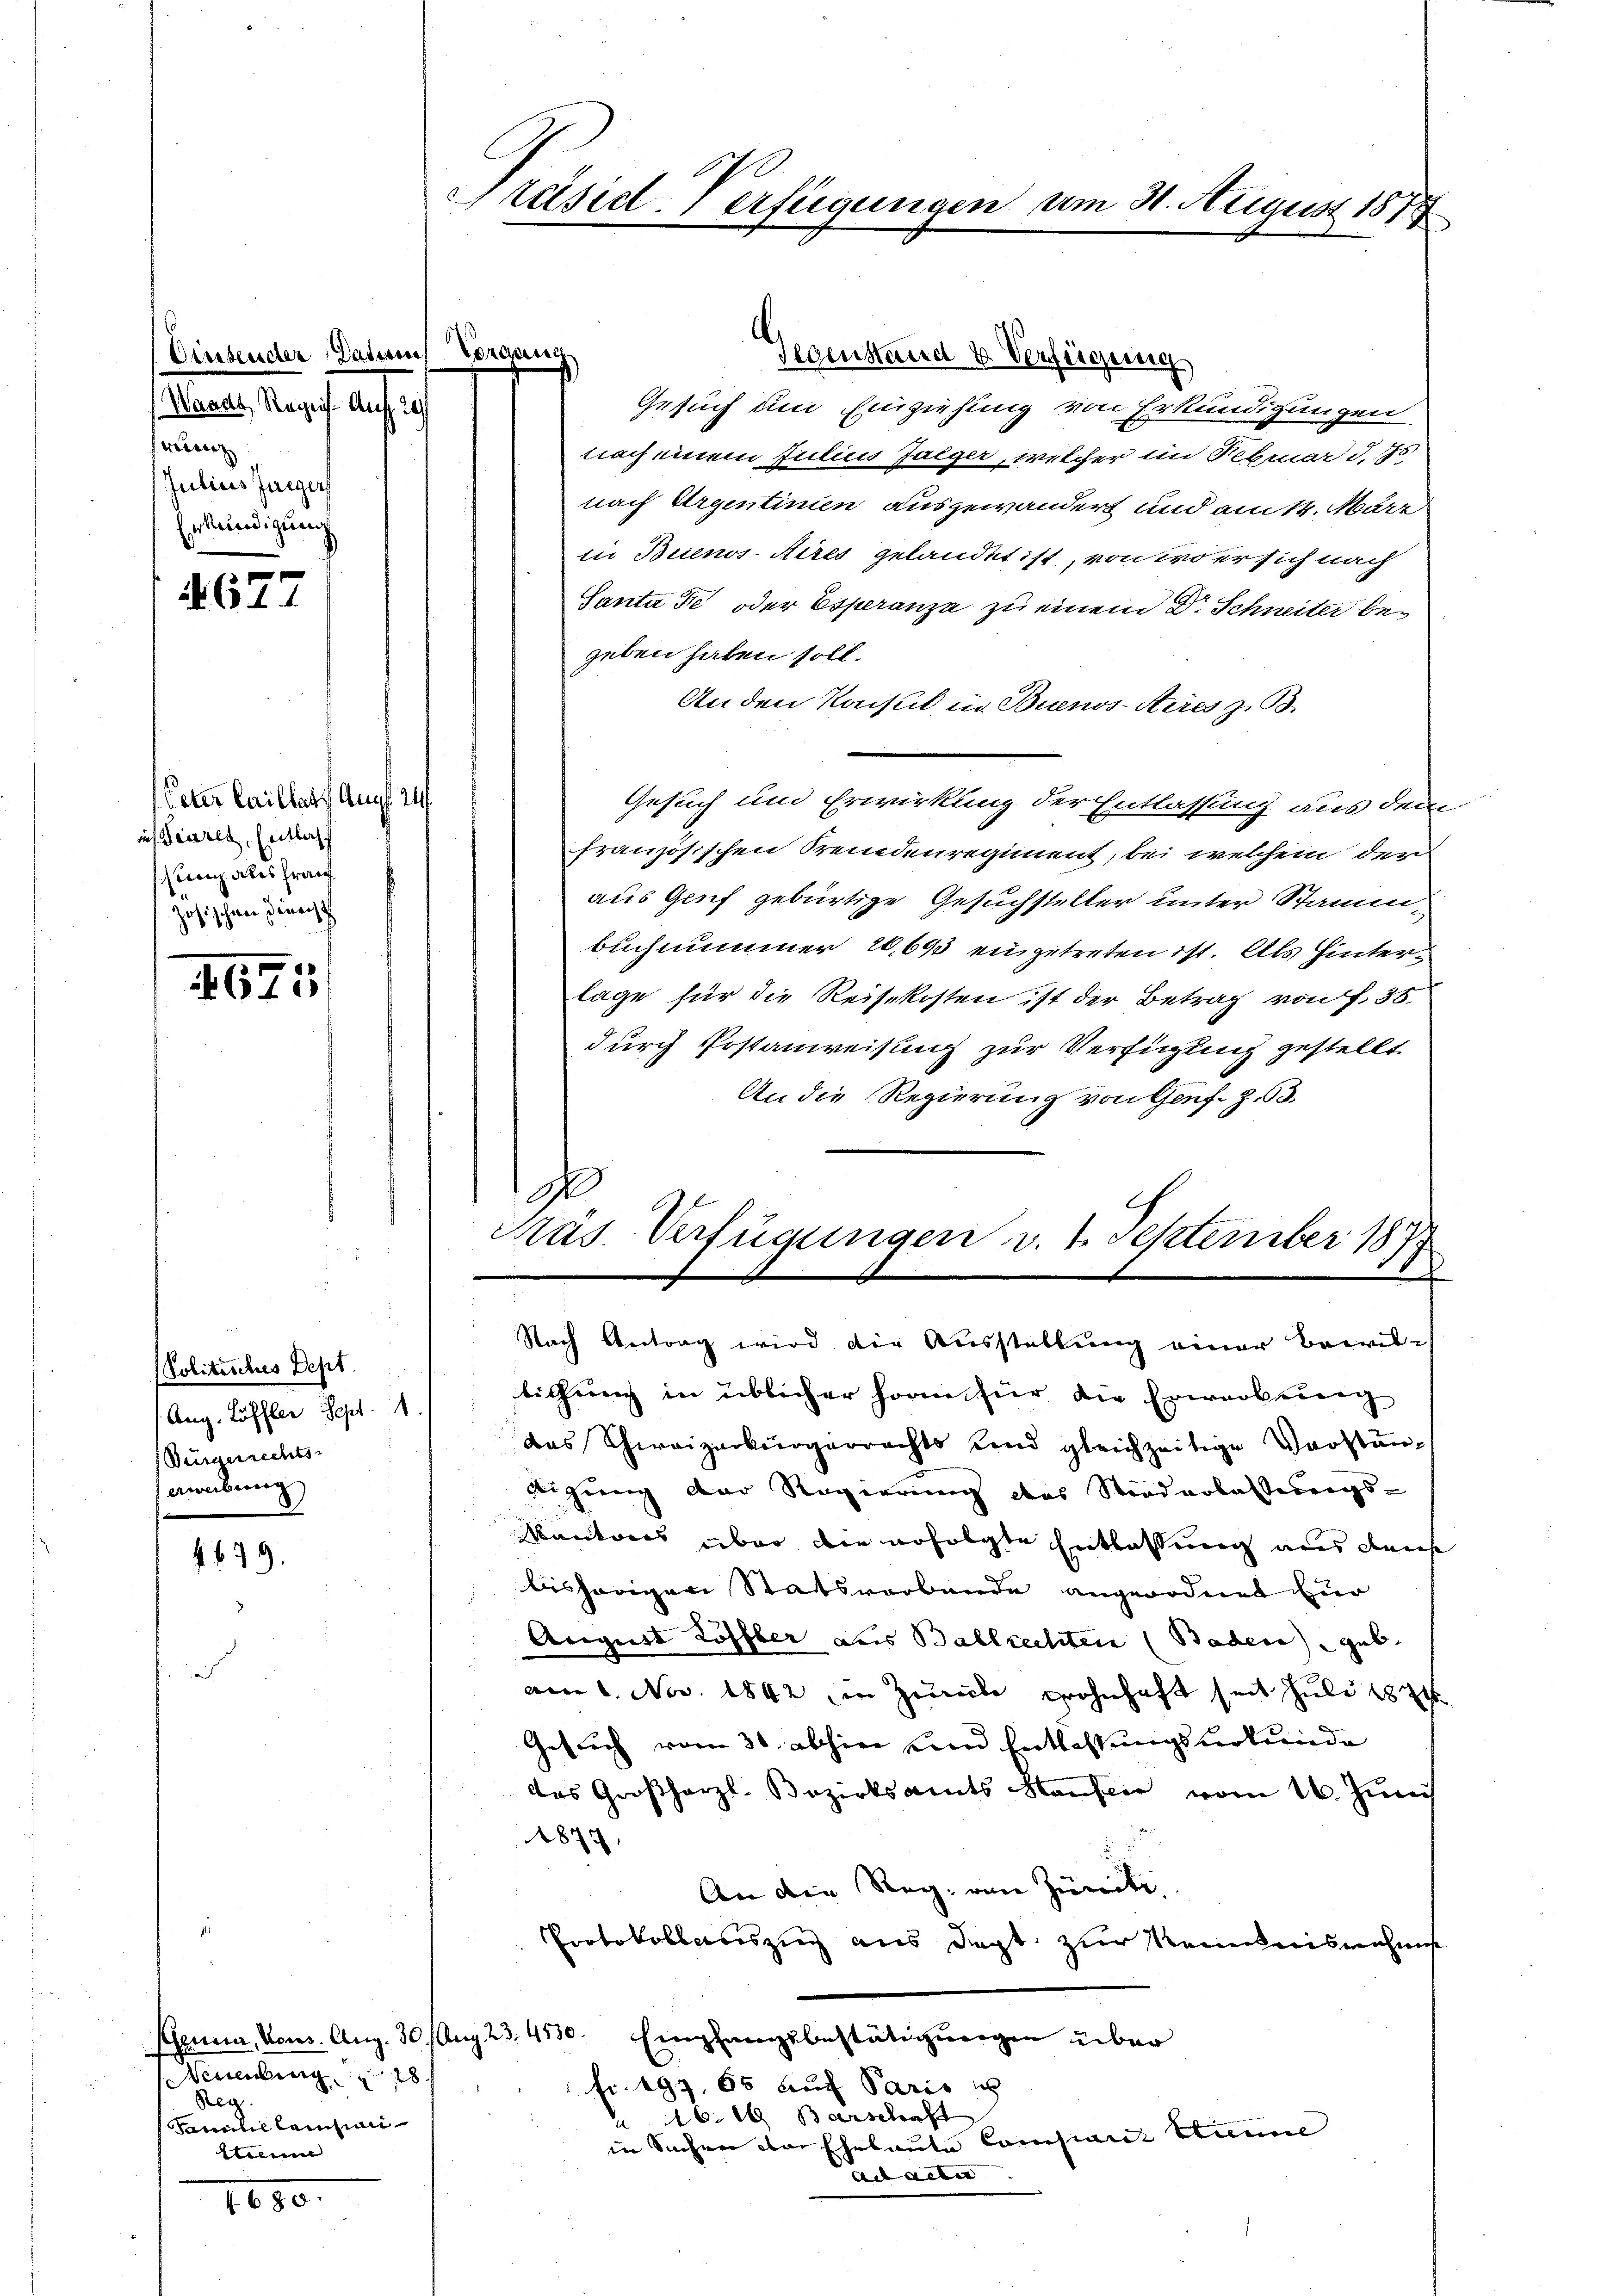
(Einsender Daten Voranien
Waras, Ragif. Auf 20
wenn
Julius Jurger
Erkundigung

.
AGI 1

Peter Caillatt Auff 24
ins Feures, Entlass
stenz alles franz
zosischen Direcht

475

Politisches Dept.
1. Aug. Löffler Sept. 11.
Bürgerrechts-
anebeng

679.

Gegenstand u. Verfügung
Gesuch um Einziehung von Erkundigungen
nach einem Julius Jaeger, welcher im Februar d. 15.
nach Urgentinien ausgewandert und am 14. März
in Buenos-Aires gelandet ist, von wo er sich nach
Santa de oder Esperanze zu einem Dr. Schneiter begeben haben soll.
An den Kaisul in Buenos-Ayres z. B.
Gesuch und Erwirkung der Entlassung aus dem
französischen Fremdenregiment, bei welchem der
aus Genf gebürtige Gesuchsteller unter Stammbuch nimmer 20643 eingetreten ist. Als Hinterlage für die Reisekosten ist der Betrag von f. 35
durch Postanweisung zur Verfügung gestellt
An die Regierung von Genf. Z. 63.
g
Kas Verfügungen v. 2. September 18

Genua, Vers. Aug. 30. Aug. 23. 4530.
Neuenburg 18
Reg
Pamntel Lainsimi
Kleine

1680

Präsid. Verfügungen um 31. August 187

f
Nach Antrag wird die Ausstellung einer Bewil¬

lichung in üblicher Horn für die Erwerbung
das Schweizerbürgerrechts und gleichzeitige Verstän-
tigung der Regierung das Niederlassungs-
Kantores über die erfolgte Entlassung aus den
bisherigen Statsverbande angeordnet zur
August Löffler aus Ballrechten (Baden) geb.
am 1. Nov. 1842 in Zurke wohnhaft seit Juli 1
Gesuch vom 31. abhin und Entlassungsurkunde
das Großherzl. Bezirksamts Hauslie vom 16. Juni
1877.
An die Reg. von Zündte
Protokollauszug aus dept zur Kenntnisnahms
Empfangsbestätigungen über
Fr. 197. 50 auch Paris u
16. 19 Barschaft
in Sachen der Eheleute Compart Stunde
Ad alter |